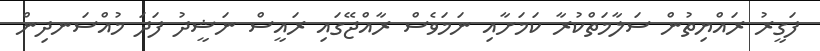
ފަގީރު ރައްޔިތުން ސަލާމަތްކުރާ ކަމަށާއި ނަމަވެސް ރާއްޖޭގައި ރައީސް ނަޝީދު ފަދަ މުއްސަނދިން